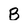
Character: B